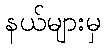
နယ်များမှ